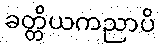
ခတ္တိယကညာပိ